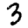
Digit: 3